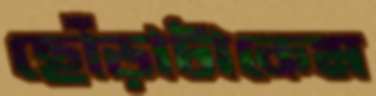
ছোঁড়াটাকেম